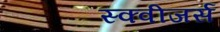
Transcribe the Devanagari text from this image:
स्क्वीजर्स